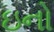
ઇનો